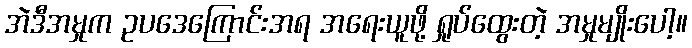
အဲဒီအမှုက ဥပဒေကြောင်းအရ အရေးယူဖို့ ရှုပ်ထွေးတဲ့ အမှုမျိုးပေါ့။